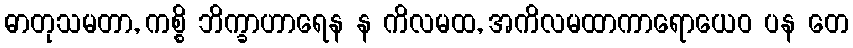
ဓာတုသမတာ, ကစ္စိ ဘိက္ခာဟာရေန န ကိလမထ, အကိလမထာကာရောယေဝ ပန တေ